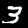
Label: 3